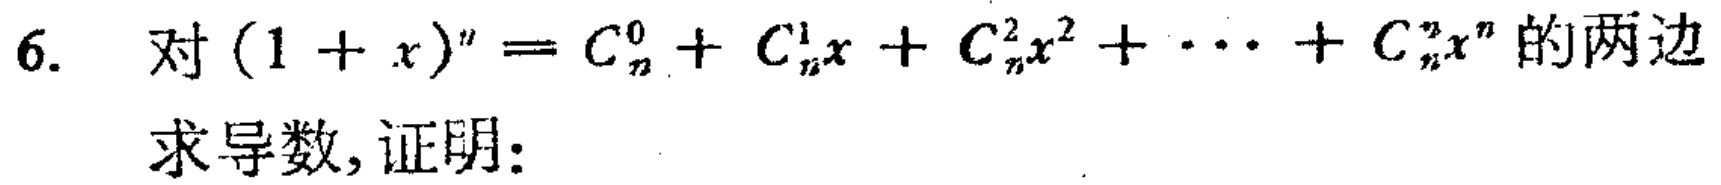
6. 对\((1 + x)^{n}=C_{n}^{0}+C_{n}^{1}x + C_{n}^{2}x^{2}+\cdots + C_{n}^{n}x^{n}\)的两边
求导数, 证明: